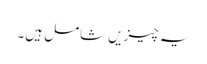
یہ چیزیں شامل ہیں۔